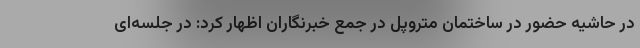
در حاشیه حضور در ساختمان متروپل در جمع خبرنگاران اظهار کرد: در جلسه‌ای